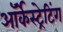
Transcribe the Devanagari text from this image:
ऑर्केस्ट्रेटिंग